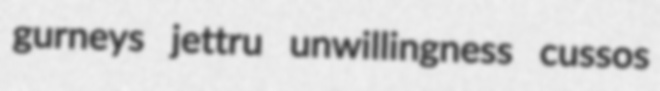
gurneys jettru unwillingness cussos